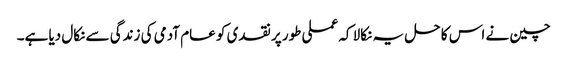
چین نے اس کا حل یہ نکالا کہ عملی طور پر نقدی کو عام آدمی کی زندگی سے نکال دیا ہے۔